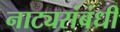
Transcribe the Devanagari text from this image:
नाट्यसंबंधी